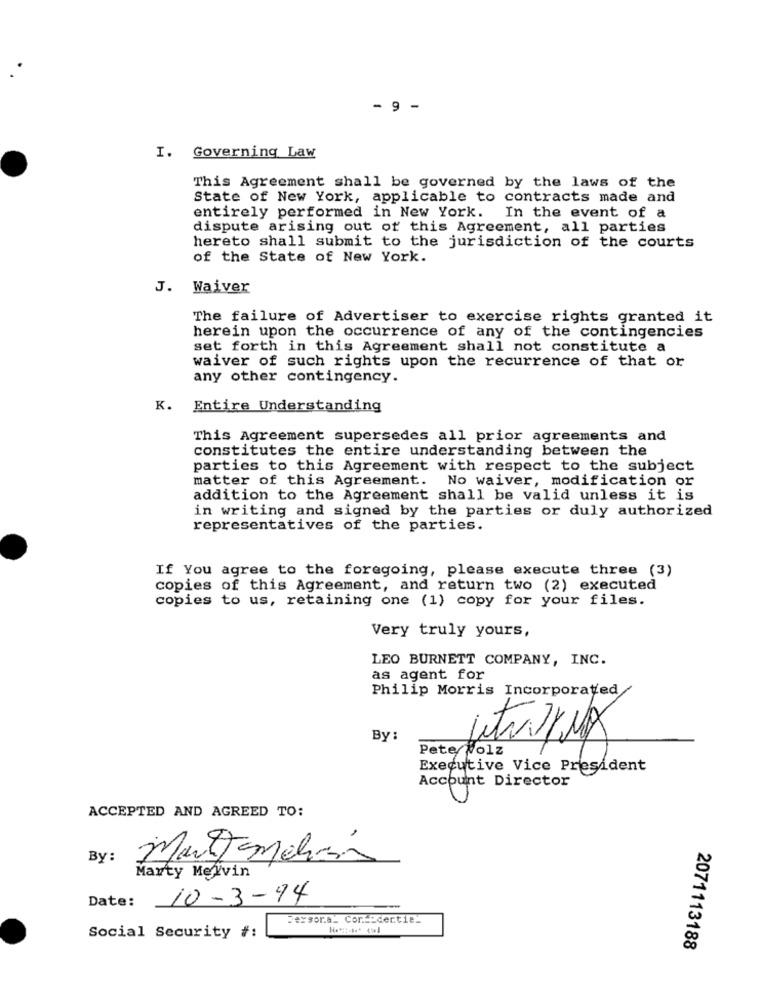
- 9 -
I. Governing Law
This Agreement shall be governed by the laws of the
State of New York, applicable to contracts made and
entirely performed in New York. In the event of a
dispute arising out of this Agreement, all parties
hereto shall submit to the jurisdiction of the courts
of the State of New York.
J. Waiver
The failure of Advertiser to exercise rights granted it
herein upon the occurrence of any of the contingencies
set forth in this Agreement shall not constitute a
waiver of such rights upon the recurrence of that or
any other contingency.
K.
Entire Understanding
This Agreement supersedes all prior agreements and
constitutes the entire understanding between the
parties to this Agreement with respect to the subject
matter of this Agreement. No waiver, modification or
addition to the Agreement shall be valid unless it is
in writing and signed by the parties or duly authorized
representatives of the parties.
If You agree to the foregoing, please execute three (3)
copies of this Agreement, and return two (2) executed
copies to us, retaining one (1) copy for your files.
Very truly yours,
LEO BURNETT COMPANY, INC.
as agent for
Philip Morris Incorporated
By:
Pete/Volz
Jetwayux
Executive Vice President
Account Director
ACCEPTED AND AGREED TO:
By :
Marty Melvin
10-3-94
Date:
Fersora_ Cor __ dertie_
Social Security #:
2071113188